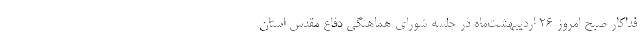
فداکار صبح امروز ۲۶ اردیبهشت‌ماه در جلسه شورای هماهنگی دفاع مقدس استان